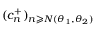
( c _ { n } ^ { + } ) _ { n \geqslant N ( \theta _ { 1 } , \theta _ { 2 } ) }